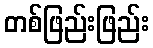
တစ်ဖြည်းဖြည်း